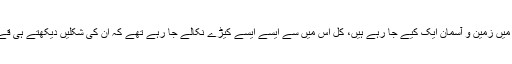
آج جس اسکیم کی توجیہات و توصیفات میں زمین و آسمان ایک کیے جا رہے ہیں، کل اس میں سے ایسے ایسے کیڑے نکالے جا رہے تھے کہ ان کی شکلیں دیکھتے ہی قے کے ساتھ کلیجہ بھی باہر نکل پڑتا تھا۔